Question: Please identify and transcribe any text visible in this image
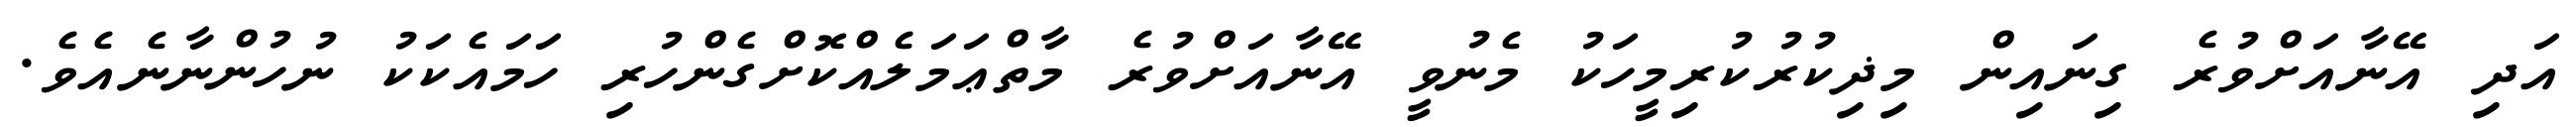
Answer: އަދި އޭނާއަށްވުރެ ގިނައިން މިޛިކުރުކުރިމީހަކު މެނުވީ އޭނާއަށްވުރެ މާތްޢަމަލެއްކޮށްގެންހުރި ހަމައެކަކު ނުހުންނާނެއެވެ.